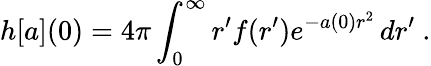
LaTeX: h[a](0)=4\pi\int_{0}^{\infty}r^{\prime}f(r^{\prime})e^{-a(0)r^{2}}\, dr^{\prime}\ .